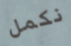
نكمل